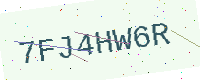
Text: 7FJ4HW6R